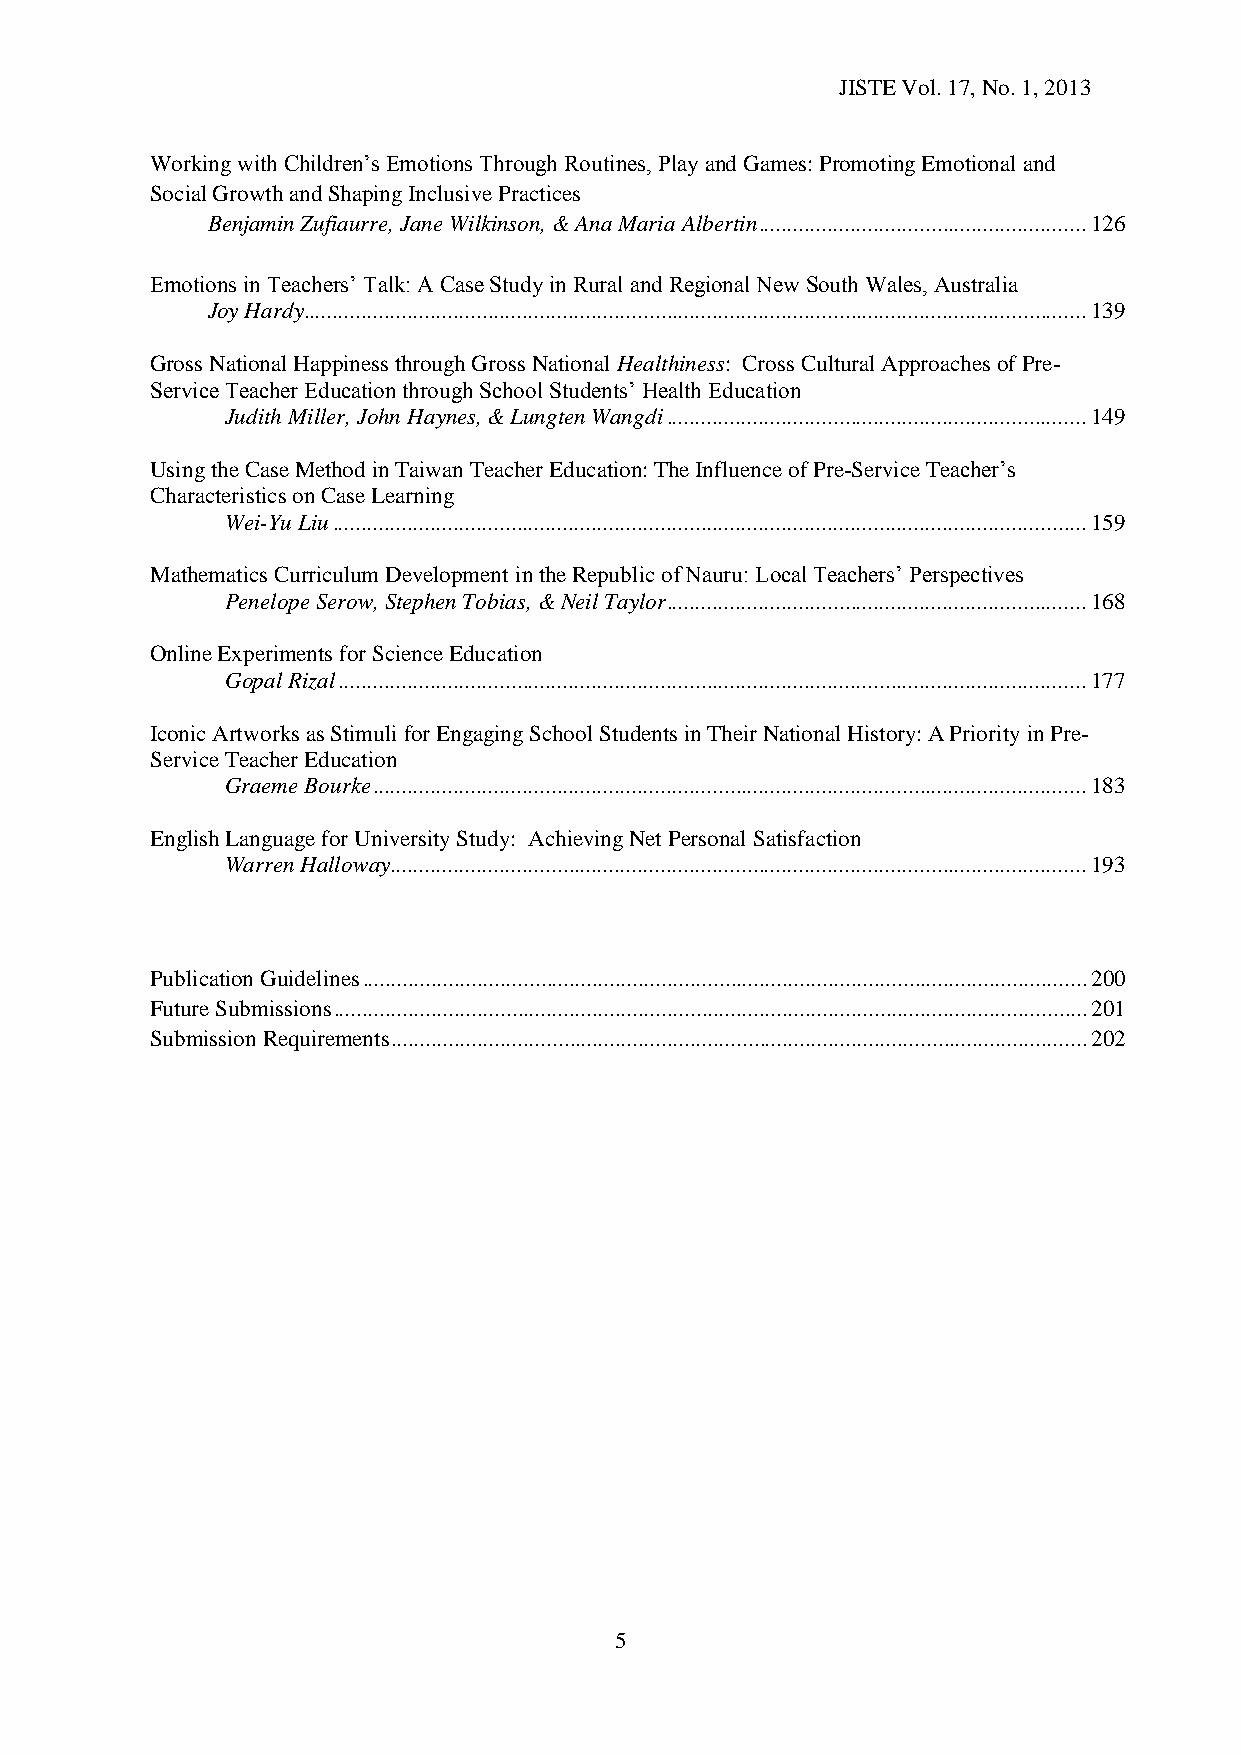
JISTE Vol. 17, No. 1, 2013
 Working with Children’s Emotions Through Routines, Play and Games: Promoting Emotional and
 Social Growth and Shaping Inclusive Practices
 Benjamin Zufiaurre, Jane Wilkinson, & Ana Maria Albertin ......................................................... 126
 Emotions in Teachers’ Talk: A Case Study in Rural and Regional New South Wales, Australia
 Joy Hardy ........................................................................................................................................ 139
 Gross National Happiness through Gross National Healthiness: Cross Cultural Approaches of Pre-
 Service Teacher Education through School Students’ Health Education
 Judith Miller, John Haynes, & Lungten Wangdi ......................................................................... 149
 Using the Case Method in Taiwan Teacher Education: The Influence of Pre-Service Teacher’s
 Characteristics on Case Learning
 Wei-Yu Liu ................................................................................................................................... 159
 Mathematics Curriculum Development in the Republic of Nauru: Local Teachers’ Perspectives
 Penelope Serow, Stephen Tobias, & Neil Taylor ......................................................................... 168
 Online Experiments for Science Education
 Gopal Rizal .................................................................................................................................. 177
 Iconic Artworks as Stimuli for Engaging School Students in Their National History: A Priority in Pre-
 Service Teacher Education
 Graeme Bourke ............................................................................................................................ 183
 English Language for University Study: Achieving Net Personal Satisfaction
 Warren Halloway ......................................................................................................................... 193
 Publication Guidelines .............................................................................................................................. 200
 Future Submissions ................................................................................................................................... 201
 Submission Requirements ......................................................................................................................... 202
 5